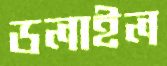
ডলাইল